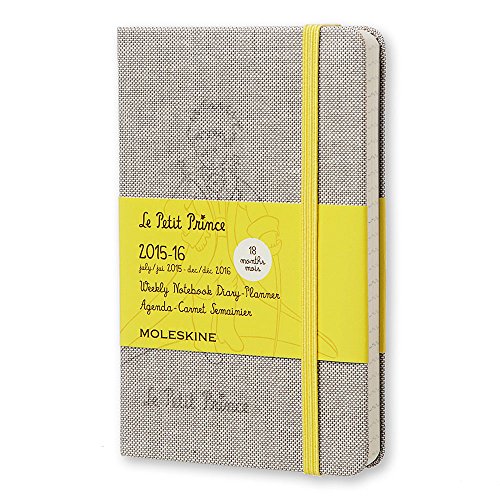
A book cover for Moleskine 2015-2016 Le Petit Prince Limited Edition Weekly Notebook, 18M, Pocket, Hard Cover (3.5 x 5.5); Moleskine; Calendars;